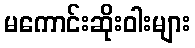
မကောင်းဆိုးဝါးများ